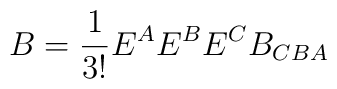
B = \frac{1}{3!}E^{A}E^{B}E^{C}B_{CBA}